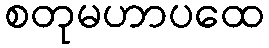
စတုမဟာပထေ